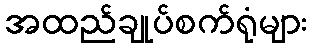
အထည်ချုပ်စက်ရုံများ